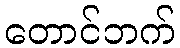
တောင်ဘက်